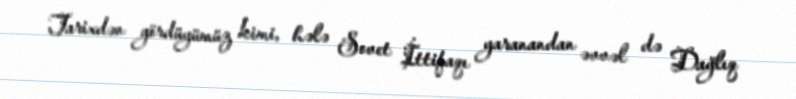
Tarixdən gördüyümüz kimi, hələ Sovet İttifaqı yaranandan əvvəl də Dağlıq